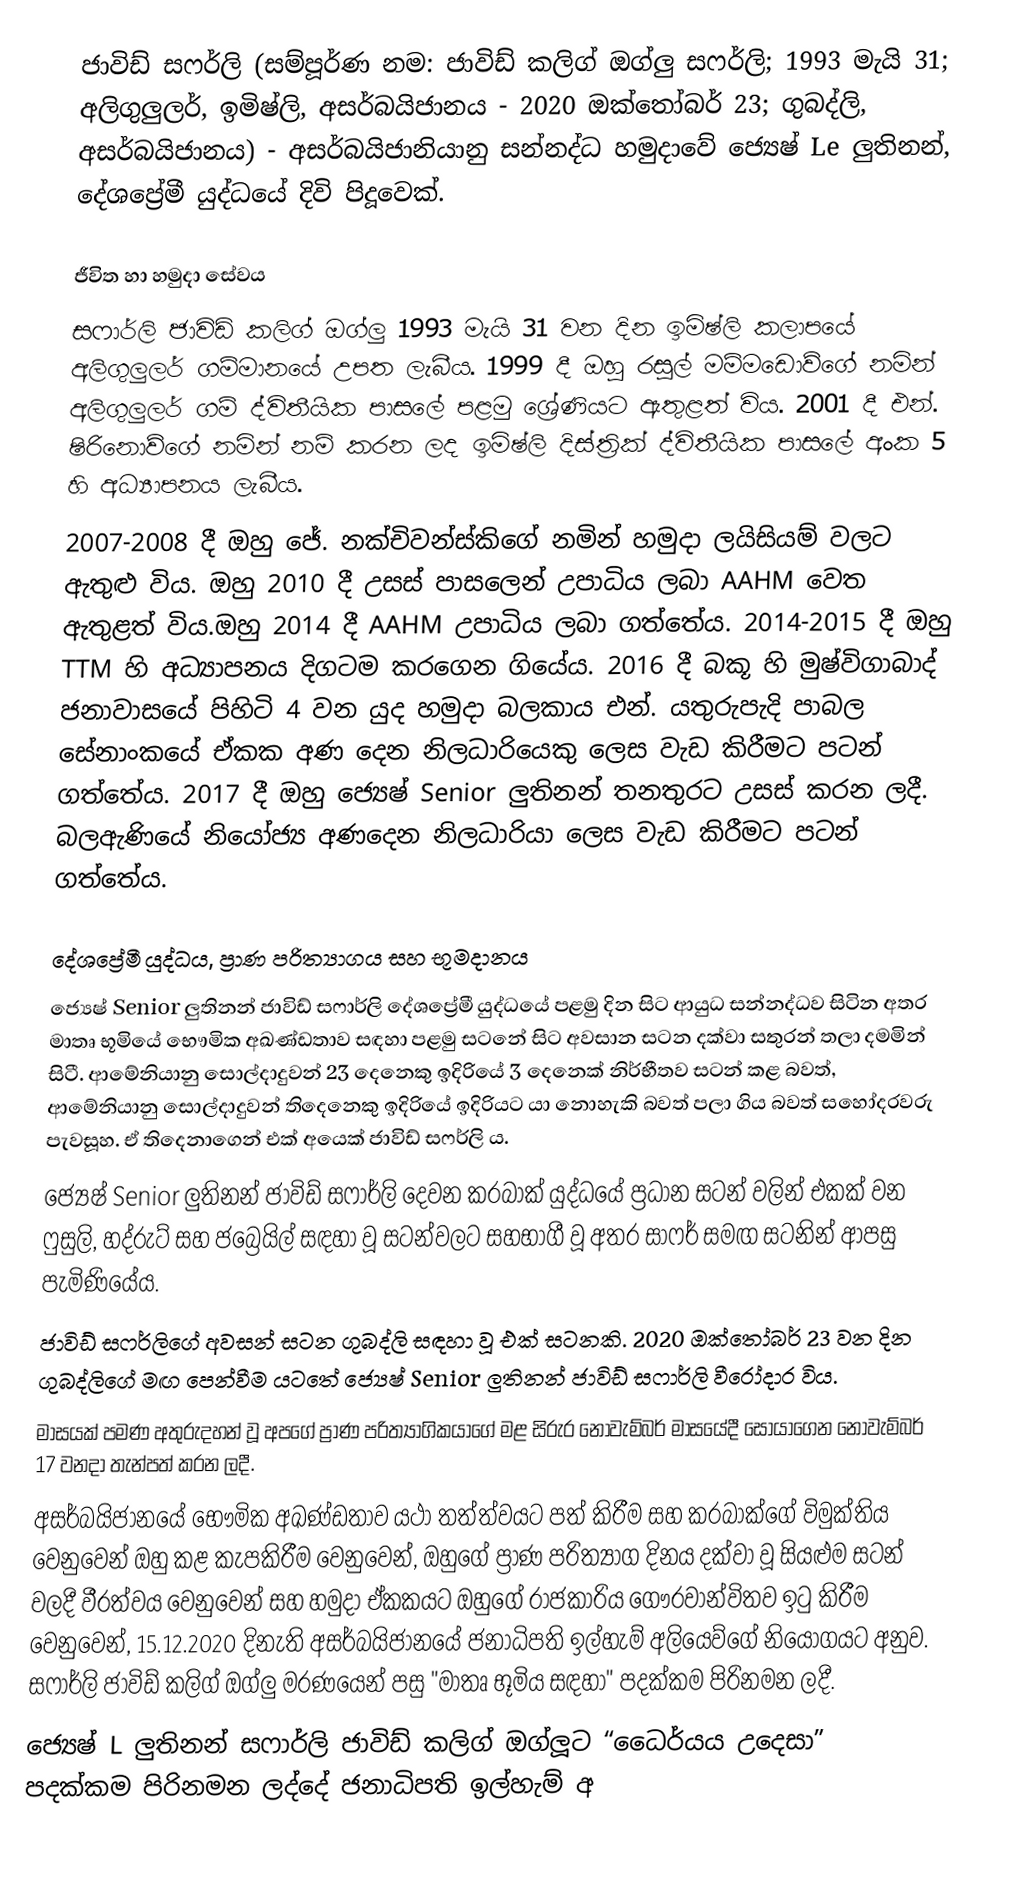
ජාවිඩ් සෆර්ලි (සම්පූර්ණ නම: ජාවිඩ් කලිග් ඔග්ලු සෆර්ලි; 1993 මැයි 31; අලිගුලුලර්, ඉමිෂ්ලි, අසර්බයිජානය - 2020 ඔක්තෝබර් 23; ගුබද්ලි, අසර්බයිජානය) - අසර්බයිජානියානු සන්නද්ධ හමුදාවේ ජ්‍යෙෂ් Le ලුතිනන්, දේශප්‍රේමී යුද්ධයේ දිවි පිදූවෙක්.

ජීවිත හා හමුදා සේවය
සෆාර්ලි ජාවිඩ් කලිග් ඔග්ලු 1993 මැයි 31 වන දින ඉමිෂ්ලි කලාපයේ අලිගුලුලර් ගම්මානයේ උපත ලැබීය. 1999 දී ඔහු රසූල් මම්මඩොව්ගේ නමින් අලිගුලුලර් ගම් ද්විතීයික පාසලේ පළමු ශ්‍රේණියට ඇතුළත් විය. 2001 දී එන්. ෂිරිනොව්ගේ නමින් නම් කරන ලද ඉමිෂ්ලි දිස්ත්‍රික් ද්විතීයික පාසලේ අංක 5 හි අධ්‍යාපනය ලැබීය.
2007-2008 දී ඔහු ජේ. නක්චිවන්ස්කිගේ නමින් හමුදා ලයිසියම් වලට ඇතුළු විය. ඔහු 2010 දී උසස් පාසලෙන් උපාධිය ලබා AAHM වෙත ඇතුළත් විය.ඔහු 2014 දී AAHM උපාධිය ලබා ගත්තේය. 2014-2015 දී ඔහු TTM හි අධ්‍යාපනය දිගටම කරගෙන ගියේය. 2016 දී බකූ හි මුෂ්විගාබාද් ජනාවාසයේ පිහිටි 4 වන යුද හමුදා බලකාය එන්. යතුරුපැදි පාබල සේනාංකයේ ඒකක අණ දෙන නිලධාරියෙකු ලෙස වැඩ කිරීමට පටන් ගත්තේය. 2017 දී ඔහු ජ්‍යෙෂ් Senior ලුතිනන් තනතුරට උසස් කරන ලදී. බලඇණියේ නියෝජ්‍ය අණදෙන නිලධාරියා ලෙස වැඩ කිරීමට පටන් ගත්තේය.

දේශප්‍රේමී යුද්ධය, ප්‍රාණ පරිත්‍යාගය සහ භූමදානය
ජ්‍යෙෂ් Senior ලුතිනන් ජාවිඩ් සෆාර්ලි දේශප්‍රේමී යුද්ධයේ පළමු දින සිට ආයුධ සන්නද්ධව සිටින අතර මාතෘ භූමියේ භෞමික අඛණ්ඩතාව සඳහා පළමු සටනේ සිට අවසාන සටන දක්වා සතුරන් තලා දමමින් සිටී. ආමේනියානු සොල්දාදුවන් 23 දෙනෙකු ඉදිරියේ 3 දෙනෙක් නිර්භීතව සටන් කළ බවත්, ආමේනියානු සොල්දාදුවන් තිදෙනෙකු ඉදිරියේ ඉදිරියට යා නොහැකි බවත් පලා ගිය බවත් සහෝදරවරු පැවසූහ. ඒ තිදෙනාගෙන් එක් අයෙක් ජාවිඩ් සෆර්ලි ය.
ජ්‍යෙෂ් Senior ලුතිනන් ජාවිඩ් සෆාර්ලි දෙවන කරබාක් යුද්ධයේ ප්‍රධාන සටන් වලින් එකක් වන ෆුසුලි, හද්රුට් සහ ජබ්‍රෙයිල් සඳහා වූ සටන්වලට සහභාගී වූ අතර සාෆර් සමඟ සටනින් ආපසු පැමිණියේය.
ජාවිඩ් සෆර්ලිගේ අවසන් සටන ගුබද්ලි සඳහා වූ එක් සටනකි. 2020 ඔක්තෝබර් 23 වන දින ගුබද්ලිගේ මඟ පෙන්වීම යටතේ ජ්‍යෙෂ් Senior ලුතිනන් ජාවිඩ් සෆාර්ලි වීරෝදාර විය.
මාසයක් පමණ අතුරුදහන් වූ අපගේ ප්‍රාණ පරිත්‍යාගිකයාගේ මළ සිරුර නොවැම්බර් මාසයේදී සොයාගෙන නොවැම්බර් 17 වනදා තැන්පත් කරන ලදී.
අසර්බයිජානයේ භෞමික අඛණ්ඩතාව යථා තත්ත්වයට පත් කිරීම සහ කරබාක්ගේ විමුක්තිය වෙනුවෙන් ඔහු කළ කැපකිරීම වෙනුවෙන්, ඔහුගේ ප්‍රාණ පරිත්‍යාග දිනය දක්වා වූ සියළුම සටන් වලදී වීරත්වය වෙනුවෙන් සහ හමුදා ඒකකයට ඔහුගේ රාජකාරිය ගෞරවාන්විතව ඉටු කිරීම වෙනුවෙන්, 15.12.2020 දිනැති අසර්බයිජානයේ ජනාධිපති ඉල්හැම් අලියෙව්ගේ නියෝගයට අනුව. සෆාර්ලි ජාවිඩ් කලිග් ඔග්ලු මරණයෙන් පසු "මාතෘ භූමිය සඳහා" පදක්කම පිරිනමන ලදී.
ජ්‍යෙෂ් L ලුතිනන් සෆාර්ලි ජාවිඩ් කලිග් ඔග්ලූට “ධෛර්යය උදෙසා” පදක්කම පිරිනමන ලද්දේ ජනාධිපති ඉල්හැම් අ